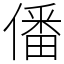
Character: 僠